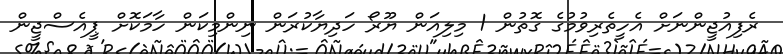
ރެފިއުޖީންނަށް އެހީތެރިވުމުގެ ގޮތުން 1 މިލިއަން ޔޫރޯ ހަދިޔާކުރަން ނިންމިކަން ހާމަކޮށް ޕީއެސްޖީން